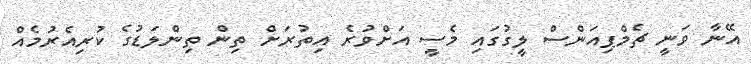
އޭނާ ވަނީ ޗެމްޕިއަންސް ލީގުގައި މެސީ އަށްވުރެ އިތުރަށް ތިން ތިންލަޑުގެ ކުރިއެރުމެއް